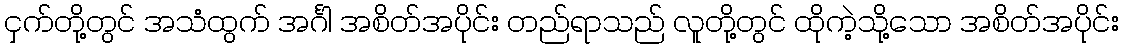
ငှက်တို့တွင် အသံထွက် အင်္ဂါ အစိတ်အပိုင်း တည်ရာသည် လူတို့တွင် ထိုကဲ့သို့သော အစိတ်အပိုင်း